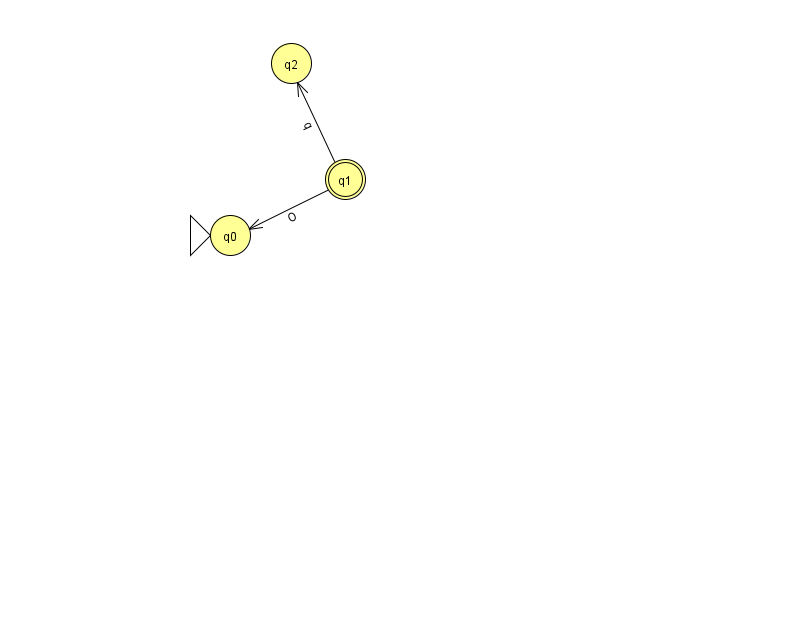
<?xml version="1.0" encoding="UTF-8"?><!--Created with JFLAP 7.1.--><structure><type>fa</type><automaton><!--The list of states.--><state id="0" name="q0"><x>230.0</x><y>222.0</y><initial/></state><state id="1" name="q1"><x>345.0</x><y>166.0</y><final/></state><state id="2" name="q2"><x>291.0</x><y>50.0</y></state><!--The list of transitions.--><transition><from>1</from><to>0</to><read>O</read></transition><transition><from>1</from><to>2</to><read>q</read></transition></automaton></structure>